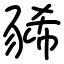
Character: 豨